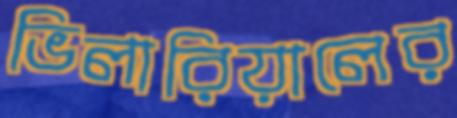
ভিলারিয়ালের